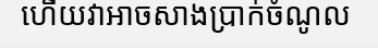
ហើយវាអាចសាងប្រាក់ចំណូល